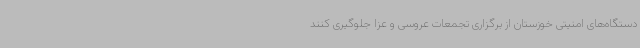
دستگاه‌های امنیتی خوزستان از برگزاری تجمعات عروسی و عزا جلوگیری کنند